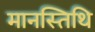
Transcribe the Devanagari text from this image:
मानस्तिथि